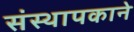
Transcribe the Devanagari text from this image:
संस्थापकाने